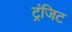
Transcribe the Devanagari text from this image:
ट्रंजिट